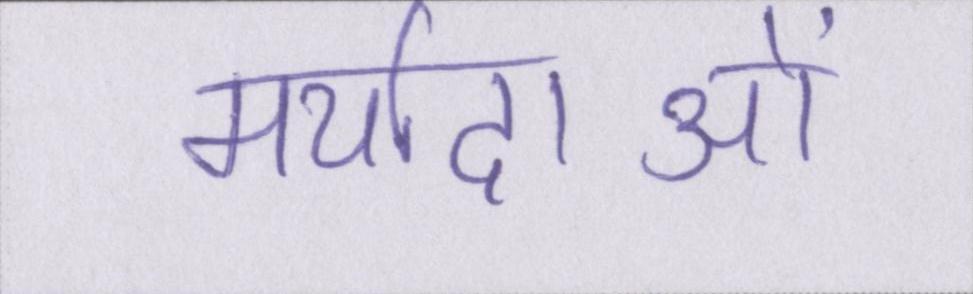
मर्यादाओं